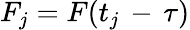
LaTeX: F_{j}=F(t_{j}\, -\, \tau)